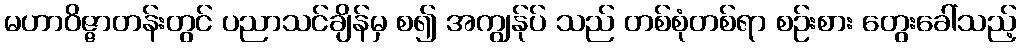
မဟာဝိဇ္ဇာတန်းတွင် ပညာသင်ချိန်မှ စ၍ အကျွန်ုပ် သည် တစ်စုံတစ်ရာ စဉ်းစား တွေးခေါ်သည့်